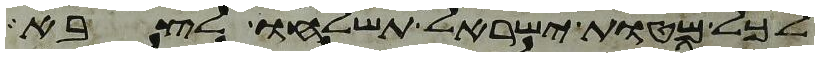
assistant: לכל מטות ישראל תשלחו לצבא